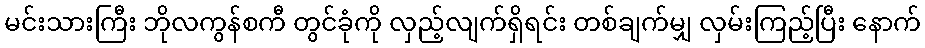
မင်းသားကြီး ဘိုလကွန်စကီ တွင်ခုံကို လှည့်လျက်ရှိရင်း တစ်ချက်မျှ လှမ်းကြည့်ပြီး နောက်